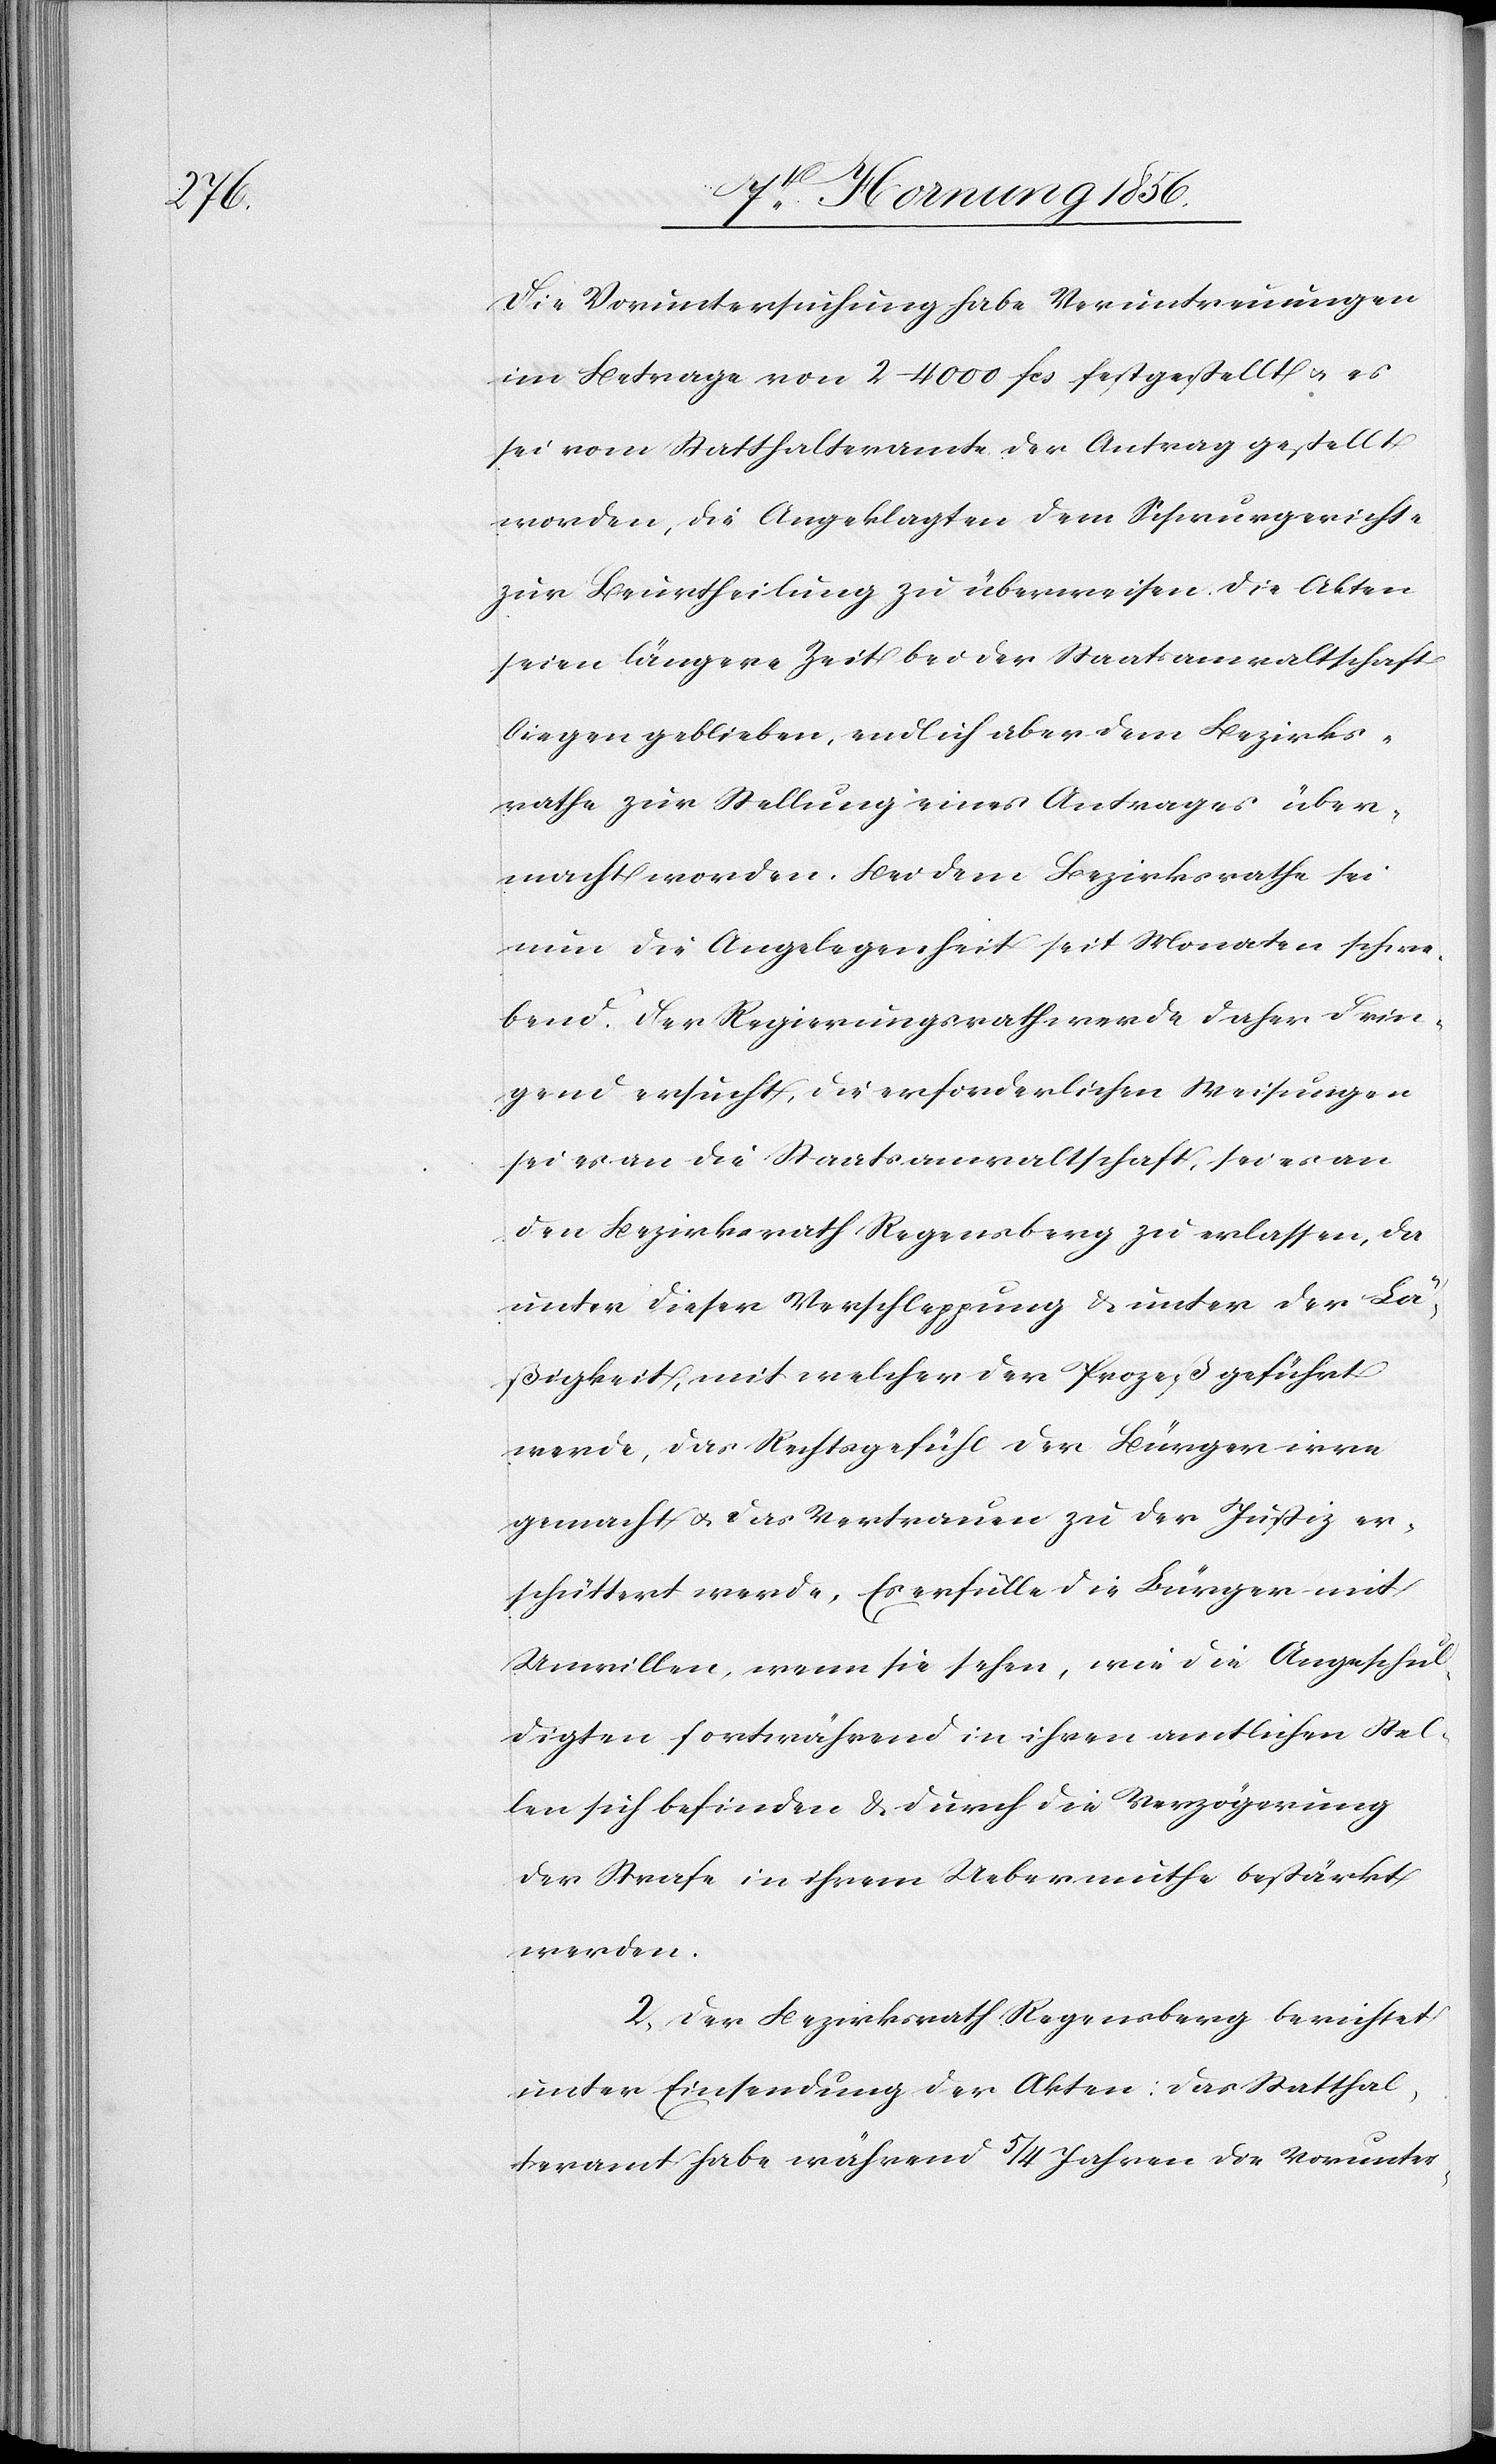
Die Voruntersuchung habe Veruntreuungen
im Betrage von 2–4000 fcs festgestellt u. es
sei vom Statthalteramte der Antrag gestellt
worden, die Angeklagten dem Schwurgerichte
zur Beurtheilung zu überweisen die Akten
seien längere Zeit bei der Staatsanwaltschaft
liegen geblieben, endlich aber dem Bezirks¬
rathe zur Stellung eines Antrages über¬
macht worden. Bei dem Bezirksrathe sei
nun die Angelegenheit seit Monaten schwe¬
bend. Der Regierungsrath werde daher drin¬
gend ersucht, die erforderlichen Weisungen
sei es an die Staatsanwaltschaft, sei es an
den Bezirksrath Regensberg zu erlassen, da
unter dieser Verschleppung & unter der Lä¬
ßigkeit, mit welcher der Prozeß geführt
werde, das Rechtsgefühl der Bürger irre
gemacht u. das Vertrauen zu der Justiz er¬
schüttert werde. Es erfülle die Bürger mit
Unwillen, wenn sie sehen, wie die Angeschul¬
digten fortwährend in ihren amtlichen Stel¬
len sich befinden & durch die Verzögerung
der Strafe in ihrem Uebermuthe bestärkt
werden.
2., Der Bezirksrath Regensberg berichtet
unter Einsendung der Akten: Das Statthal¬
teramt habe während 5/4 Jahren die Vorunter-